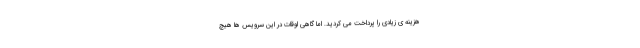
هزینه ی زیادی را پرداخت می کردید. اما گاهی اوقات در این سرویس ها هیچ